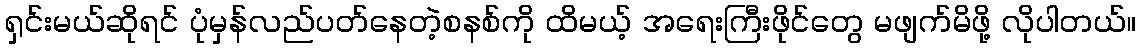
ရှင်းမယ်ဆိုရင် ပုံမှန်လည်ပတ်နေတဲ့စနစ်ကို ထိမယ့် အရေးကြီးဖိုင်တွေ မဖျက်မိဖို့ လိုပါတယ်။